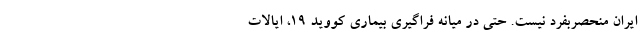
ایران منحصربفرد نیست. حتی در میانه فراگیری بیماری کووید ۱۹، ایالات